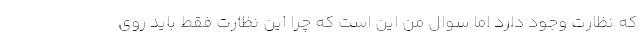
که نظارت وجود دارد اما سوال من این است که چرا این نظارت فقط باید روی